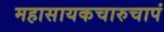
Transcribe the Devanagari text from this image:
महासायकचारुचापं